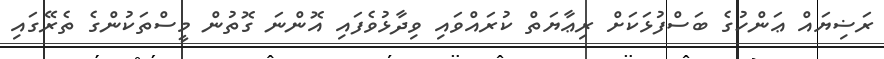
ރަޟިޔައް ޢަންހުގެ ބަސްފުޅަކަށް ރިޢާޔަތް ކުރައްވައި ވިދާޅުވެފައި އޮންނަ ގޮތުން މީސްތަކުންގެ ތެރޭގައި